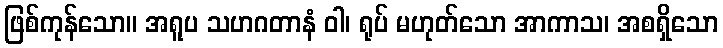
ဖြစ်ကုန်သော။ အရူပ သဟဂတာနံ ဝါ၊ ရုပ် မဟုတ်သော အာကာသ၊ အစရှိသော